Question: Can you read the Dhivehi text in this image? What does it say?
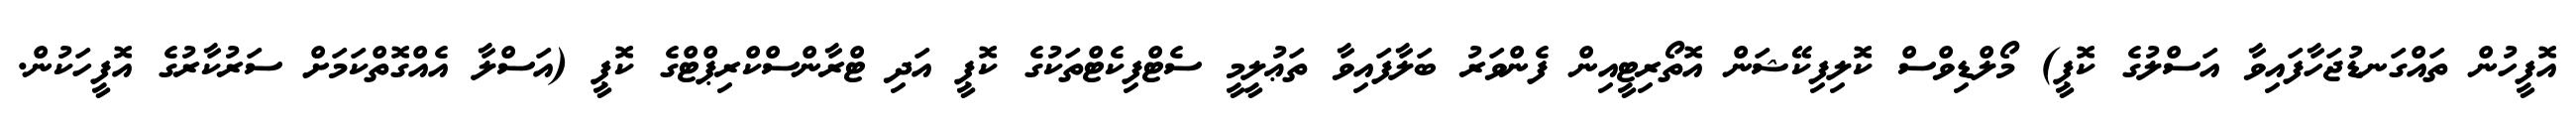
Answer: އޮފީހުން ތައްގަނޑުޖަހާފައިވާ އަސްލުގެ ކޮޕީ) މޯލްޑިވްސް ކޮލިފިކޭޝަން އޮތޯރިޓީއިން ފެންވަރު ބަލާފައިވާ ތަޢުލީމީ ސެޓްފިކެޓްތަކުގެ ކޮޕީ އަދި ޓްރާންސްކްރިޕްޓްގެ ކޮޕީ (އަސްލާ އެއްގޮތްކަމަށް ސަރުކާރުގެ އޮފީހަކުން.